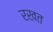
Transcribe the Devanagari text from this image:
रखत